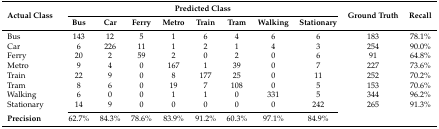
| <ROWSPAN=2> Actual Class | <COLSPAN=8> Predicted Class | <ROWSPAN=2> Ground Truth | <ROWSPAN=2> Recall |
 | Bus | Car | Ferry | Metro | Train | Tram | Walking | Stationary |
 | --- | --- | --- | --- | --- | --- | --- | --- | --- | --- | --- |
 | Bus | 143 | 12 | 5 | 1 | 6 | 4 | 6 | 6 | 183 | 78.1% |
 | Car | 6 | 226 | 11 | 1 | 2 | 1 | 4 | 3 | 254 | 90.0% |
 | Ferry | 20 | 2 | 59 | 2 | 0 | 2 | 0 | 6 | 91 | 64.8% |
 | Metro | 9 | 4 | 0 | 167 | 1 | 39 | 0 | 7 | 227 | 73.6% |
 | Train | 22 | 9 | 0 | 8 | 177 | 25 | 0 | 11 | 252 | 70.2% |
 | Tram | 8 | 6 | 0 | 19 | 7 | 108 | 0 | 5 | 153 | 70.6% |
 | Walking | 6 | 0 | 0 | 1 | 1 | 0 | 331 | 5 | 344 | 96.2% |
 | Stationary | 14 | 9 | 0 | 0 | 0 | 0 | 0 | 242 | 265 | 91.3% |
 | Precision | 62.7% | 84.3% | 78.6% | 83.9% | 91.2% | 60.3% | 97.1% | 84.9% |  |  |